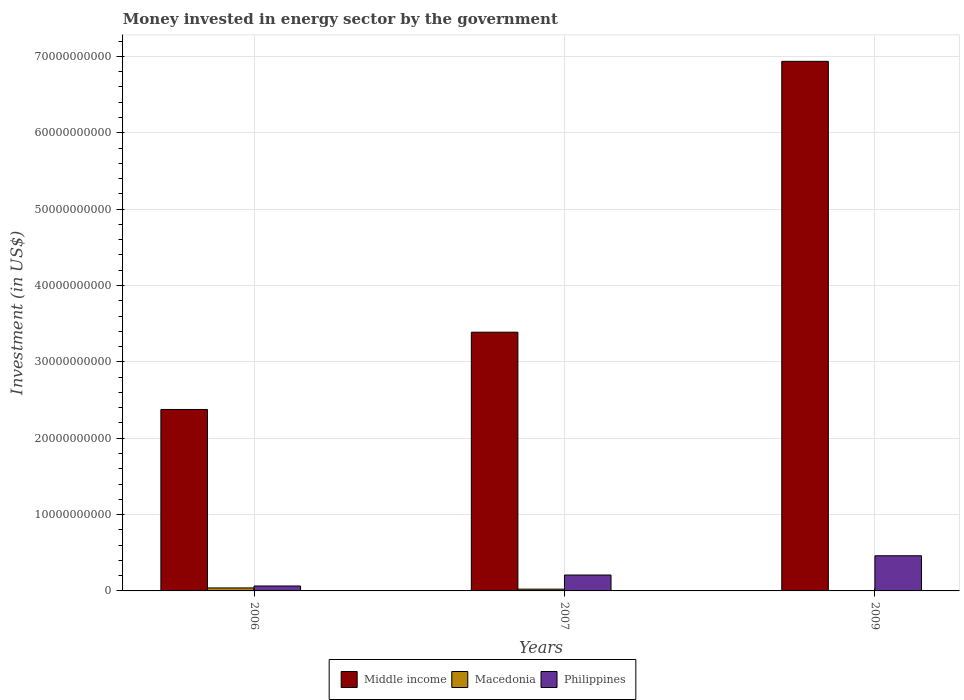
| Years | Middle income | Macedonia | Philippines |
 | --- | --- | --- | --- |
 | 2006 | 2.38e+10 | 3.91e+08 | 6.46e+08 |
 | 2007 | 3.39e+10 | 2.33e+08 | 2.08e+09 |
 | 2009 | 6.94e+10 | 3.1e+07 | 4.6e+09 |